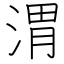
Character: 渭